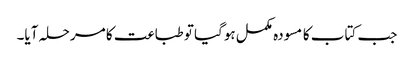
جب کتاب کا مسودہ مکمل ہوگیا تو طباعت کا مرحلہ آیا۔